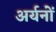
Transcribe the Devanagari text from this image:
अर्यनों